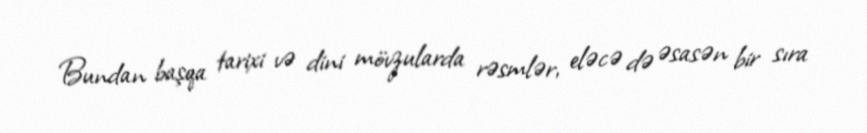
Bundan başqa tarixi və dini mövzularda rəsmlər, eləcə də əsasən bir sıra